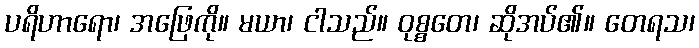
ပရိဟာရော၊ အဖြေကို။ မယာ၊ ငါသည်။ ဝုစ္စတေ၊ ဆိုအပ်၏။ တေရသ၊